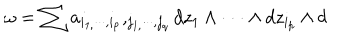
\omega = \sum _ { { } } a _ { i _ { 1 , } \cdot \cdot \cdot , i _ { p } } , _ { j _ { 1 , } \cdot \cdot \cdot , j _ { q } } d z _ { 1 } \wedge \cdot \cdot \cdot \wedge d z _ { i _ { p } } \wedge d